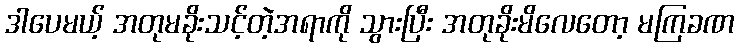
ဒါပေမယ့် အတုမခိုးသင့်တဲ့အရာကို သွားပြီး အတုခိုးမိလေတော့ မကြခဏ